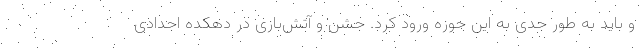
و باید به طور جدی به این حوزه ورود کرد. جشن و آتش‌بازی در دهکده اجدادی